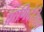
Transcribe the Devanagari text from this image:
प्राणिदेखिल